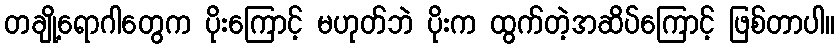
တချို့ရောဂါတွေက ပိုးကြောင့် မဟုတ်ဘဲ ပိုးက ထွက်တဲ့အဆိပ်ကြောင့် ဖြစ်တာပါ။